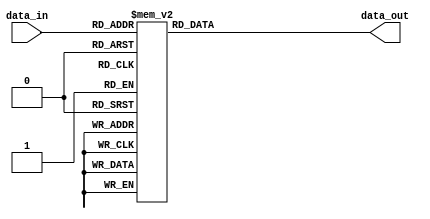
module don_care_case (
    input [3:0] data_in,
    output reg [1:0] data_out
);

always @(*) begin
    case (data_in)
        4'b0000, 4'b0010, 4'b0100: data_out = 2'b00;
        4'b0011, 4'b0101, 4'b0110: data_out = 2'b01;
        4'b0111, 4'b1000, 4'b1001: data_out = 2'b10;
        default: data_out = 2'b11; // default case for don't care values
    endcase
end

endmodule